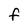
Character: F